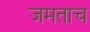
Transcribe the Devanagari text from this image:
जमताच